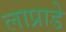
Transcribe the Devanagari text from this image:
लाप्राडे